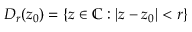
D _ { r } ( z _ { 0 } ) = \{ z \in \mathbb { C } : | z - z _ { 0 } | < r \}